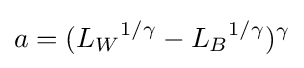
a=({L_{W}}^{1/\gamma }-{L_{B}}^{1/\gamma })^{\gamma }